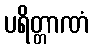
ပရိတ္တာဏံ